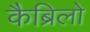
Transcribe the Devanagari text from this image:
कैब्रिलो